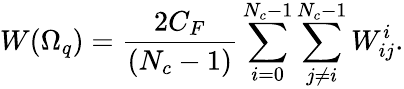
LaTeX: W(\Omega_{q})=\frac{2C_{F}}{(N_{c}-1)}\sum_{i=0}^{N_{c}-1}\sum_{j\neq i}^{N_{c}-1}W_{ij}^{i}.